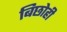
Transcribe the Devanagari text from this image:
बिछोही